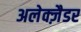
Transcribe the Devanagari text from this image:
अलेक्ज़ैडर